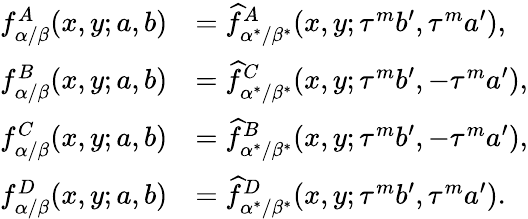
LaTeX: \begin{array}{rl}{f_{\alpha/\beta}^{A}(x,y;a,b)}&{=\widehat{f}_{\alpha^{*}/\beta^{*}}^{A}(x,y;\tau^{m}b^{\prime},\tau^{m}a^{\prime}),}\\ {f_{\alpha/\beta}^{B}(x,y;a,b)}&{=\widehat{f}_{\alpha^{*}/\beta^{*}}^{C}(x,y;\tau^{m}b^{\prime},-\tau^{m}a^{\prime}),}\\ {f_{\alpha/\beta}^{C}(x,y;a,b)}&{=\widehat{f}_{\alpha^{*}/\beta^{*}}^{B}(x,y;\tau^{m}b^{\prime},-\tau^{m}a^{\prime}),}\\ {f_{\alpha/\beta}^{D}(x,y;a,b)}&{=\widehat{f}_{\alpha^{*}/\beta^{*}}^{D}(x,y;\tau^{m}b^{\prime},\tau^{m}a^{\prime}).}\end{array}